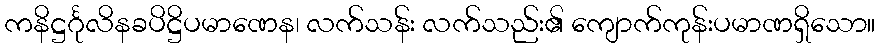
ကနိဋ္ဌင်္ဂုလိနခပိဋ္ဌိပမာဏေန၊ လက်သန်း လက်သည်း၏ ကျောက်ကုန်းပမာဏရှိသော။